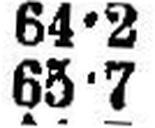
65•7